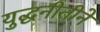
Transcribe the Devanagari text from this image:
युद्धनीतीने